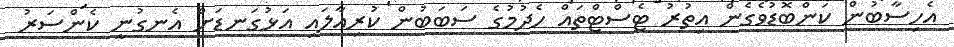
އެހިސާބުން ކަންބޮޑުވެގެން އިތުރު ޓެސްޓްތައް ހެދުމުގެ ސަބަބުން ކުރިއާލައި އަޅުގަނޑަށް އެނގުނީ ކެންސަރު